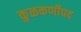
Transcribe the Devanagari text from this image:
कुळकर्णीपद